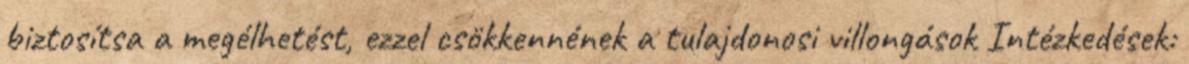
biztosítsa a megélhetést, ezzel csökkennének a tulajdonosi villongások Intézkedések: